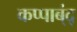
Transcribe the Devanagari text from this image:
कप्पाब्ंद्